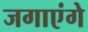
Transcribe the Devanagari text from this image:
जगाएंगे